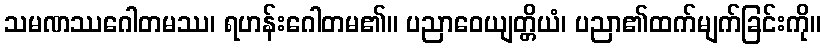
သမဏဿဂေါတမဿ၊ ရဟန်းဂေါတမ၏။ ပညာဝေယျတ္တိယံ၊ ပညာ၏ထက်မျက်ခြင်းကို။